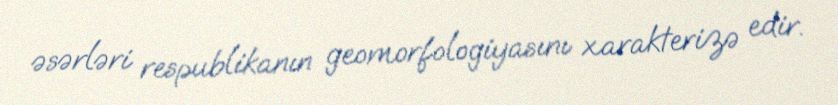
əsərləri respublikanın geomorfologiyasını xarakterizə edir.